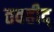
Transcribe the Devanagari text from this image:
तवहीद्